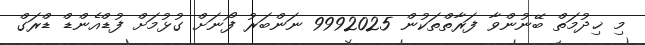
މި ޚިދުމަތް ބޭނުންވާ ފަރާތްތަކުން 9992025 ނަންބަރު ފޯނަށް ގުޅުމަށް ފުޑްއެންޑް ޑްރަގް